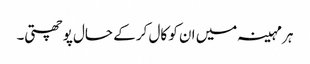
ہر مہینہ میں ان کو کال کر کے حال پوچھتی۔